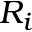
R _ { i }